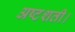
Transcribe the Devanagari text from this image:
अष्टशती।